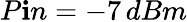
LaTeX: P\mathbf{i}n=-7\, dBm